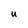
Character: U